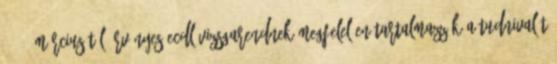
2001. márciusától érvényes ECDL vizsgarendnek megfelelően tartalmazzák a tudnivalót